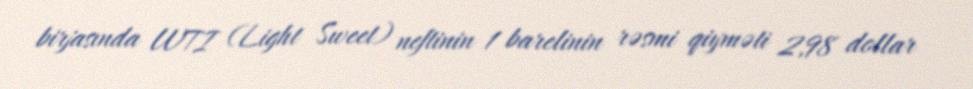
birjasında WTI (Light Sweet) neftinin 1 barelinin rəsmi qiyməti 2,98 dollar